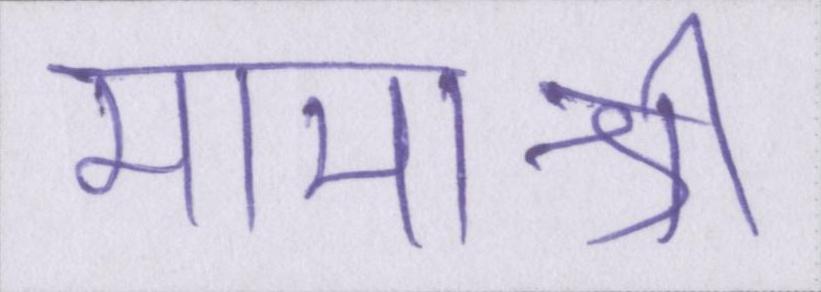
मामाश्री